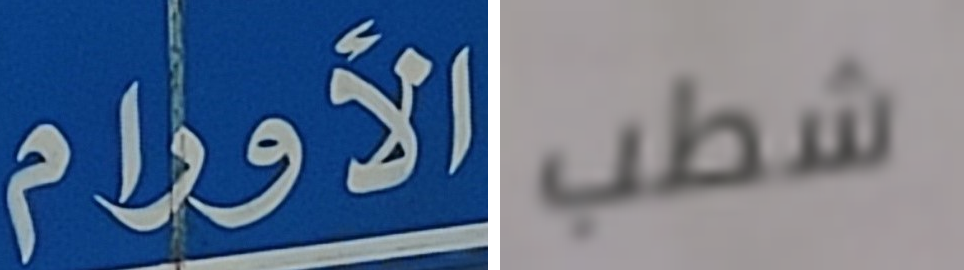
الأورام شطب